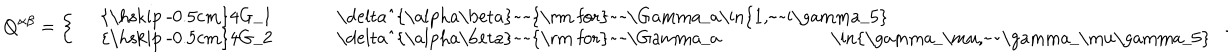
Q ^ { \alpha \beta } = \left\{ \left\{ \begin{cases} { { } } & { { { \hspace { - 0 . 5 c m } } 4 G _ { 1 } \delta ^ { \alpha \beta } ~ ~ \mathrm { f o r } ~ ~ \Gamma _ { a } \in \{ 1 , ~ ~ i \gamma _ { 5 } \} } } \\ { { } } & { { { \hspace { - 0 . 5 c m } } 4 G _ { 2 } \delta ^ { \alpha \beta } ~ ~ \mathrm { f o r } ~ ~ \Gamma _ { a } \in \{ \gamma _ { \mu } , ~ ~ \gamma _ { \mu } \gamma _ { 5 } \} } } \\ \end{cases} \right. \right. \, .